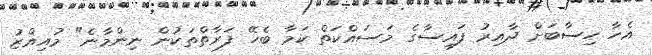
އެހާ ހިސާބަށް ދާއިރު ފައިސާގެ މަސައްކަތް ކަމާ ބެހޭ ފަރާތްތަކުން ނިންމާނެ" މުއިއްޒު